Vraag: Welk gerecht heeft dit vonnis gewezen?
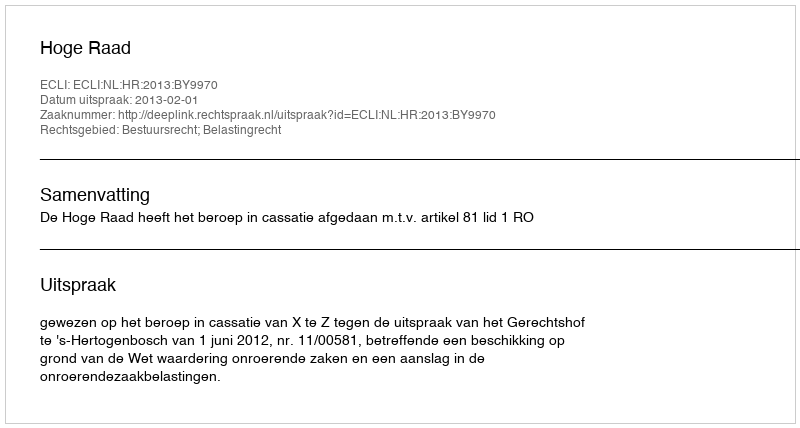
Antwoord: Hoge Raad